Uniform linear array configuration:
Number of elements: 48
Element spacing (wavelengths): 0.75
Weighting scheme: hamming
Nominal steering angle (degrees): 0
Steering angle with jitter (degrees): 1.484
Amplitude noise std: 0.05
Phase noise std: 0.05

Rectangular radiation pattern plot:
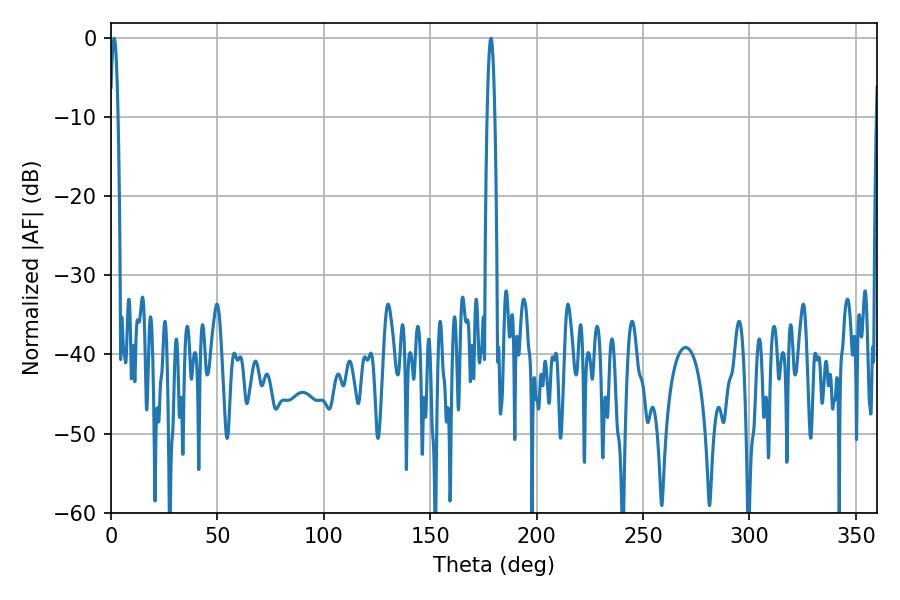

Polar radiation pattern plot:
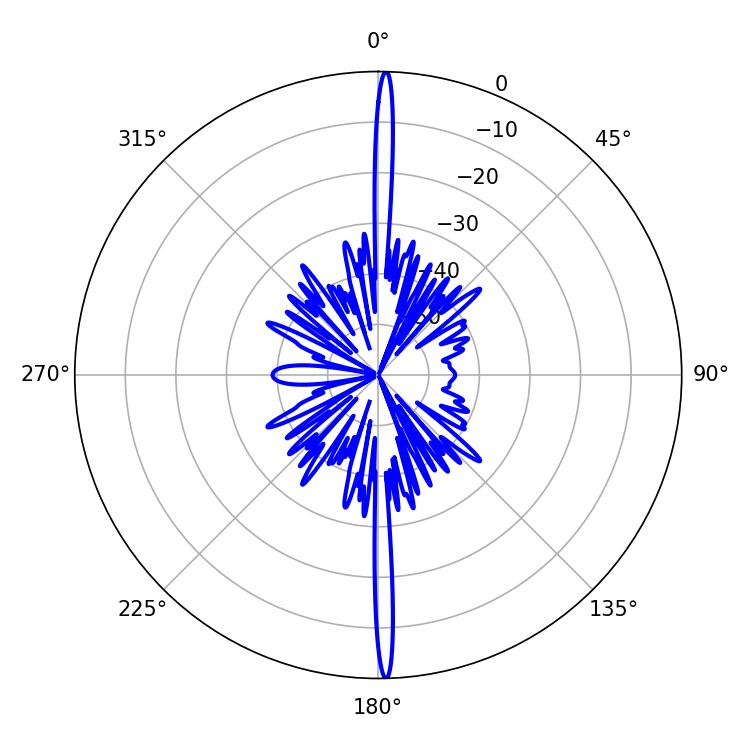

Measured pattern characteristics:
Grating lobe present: TRUE
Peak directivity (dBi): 30.076
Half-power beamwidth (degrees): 1.98
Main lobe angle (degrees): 1.44